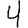
Digit: 4